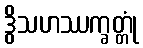
ဒွိသဟဿက္ခတ္တုံ